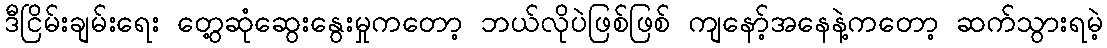
ဒီငြိမ်းချမ်းရေး တွေ့ဆုံဆွေးနွေးမှုကတော့ ဘယ်လိုပဲဖြစ်ဖြစ် ကျနော့်အနေနဲ့ကတော့ ဆက်သွားရမဲ့